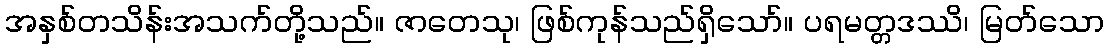
အနှစ်တသိန်းအသက်တို့သည်။ ဇာတေသု၊ ဖြစ်ကုန်သည်ရှိသော်။ ပရမတ္တဒဿိ၊ မြတ်သော